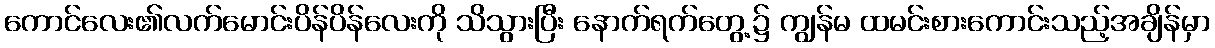
ကောင်လေး၏လက်မောင်းပိန်ပိန်လေးကို သိသွားပြီး နောက်ရက်တွေ့၌ ကျွန်မ ထမင်းစားကောင်းသည့်အချိန်မှာ